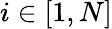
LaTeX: i\in[1,N]